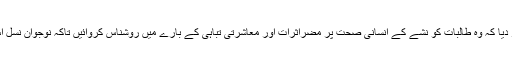
انہوں نے اساتذہ پر زور دیا کہ وہ طالبات کو نشے کے انسانی صحت پر مضراثرات اور معاشرتی تباہی کے بارے میں روشناس کروائیں تاکہ نوجوان نسل اس برائی سے بچ سکے۔